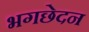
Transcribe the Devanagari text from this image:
भगछेदन